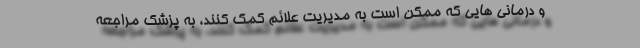
و درمانی هایی که ممکن است به مدیریت علائم کمک کنند، به پزشک مراجعه